Vaccination in Bombay 1869-1873 - 1869-1873
Year: 1869
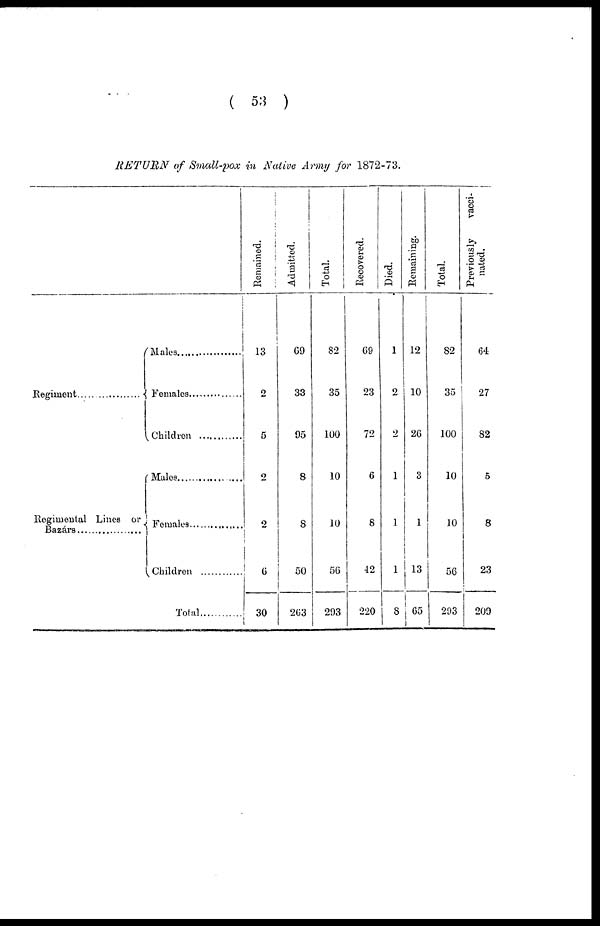
( 53 )
RETURN of Small-pox in Native Army for 1872-73.
Regiment ......................
Regimental Lines or
Bazárs ..................
Males
Females ..........
Children ............
Males..............
Females ........
Children
......
Total
Remained.
13
2
5
2
2
6
30
Admitted.
69
33
95
8
8
50
263
Total.
82
35
100
10
10
56
293
Recovered.
69
23
72
6
8
42
220
Died.
1
2
2
1
1
1
8
Remaining.
12
10
26
3
1
13
65
Total.
82
35
100
10
10
56
293
Previously
vacci-
nated.
64
27
82
5
8
23
209